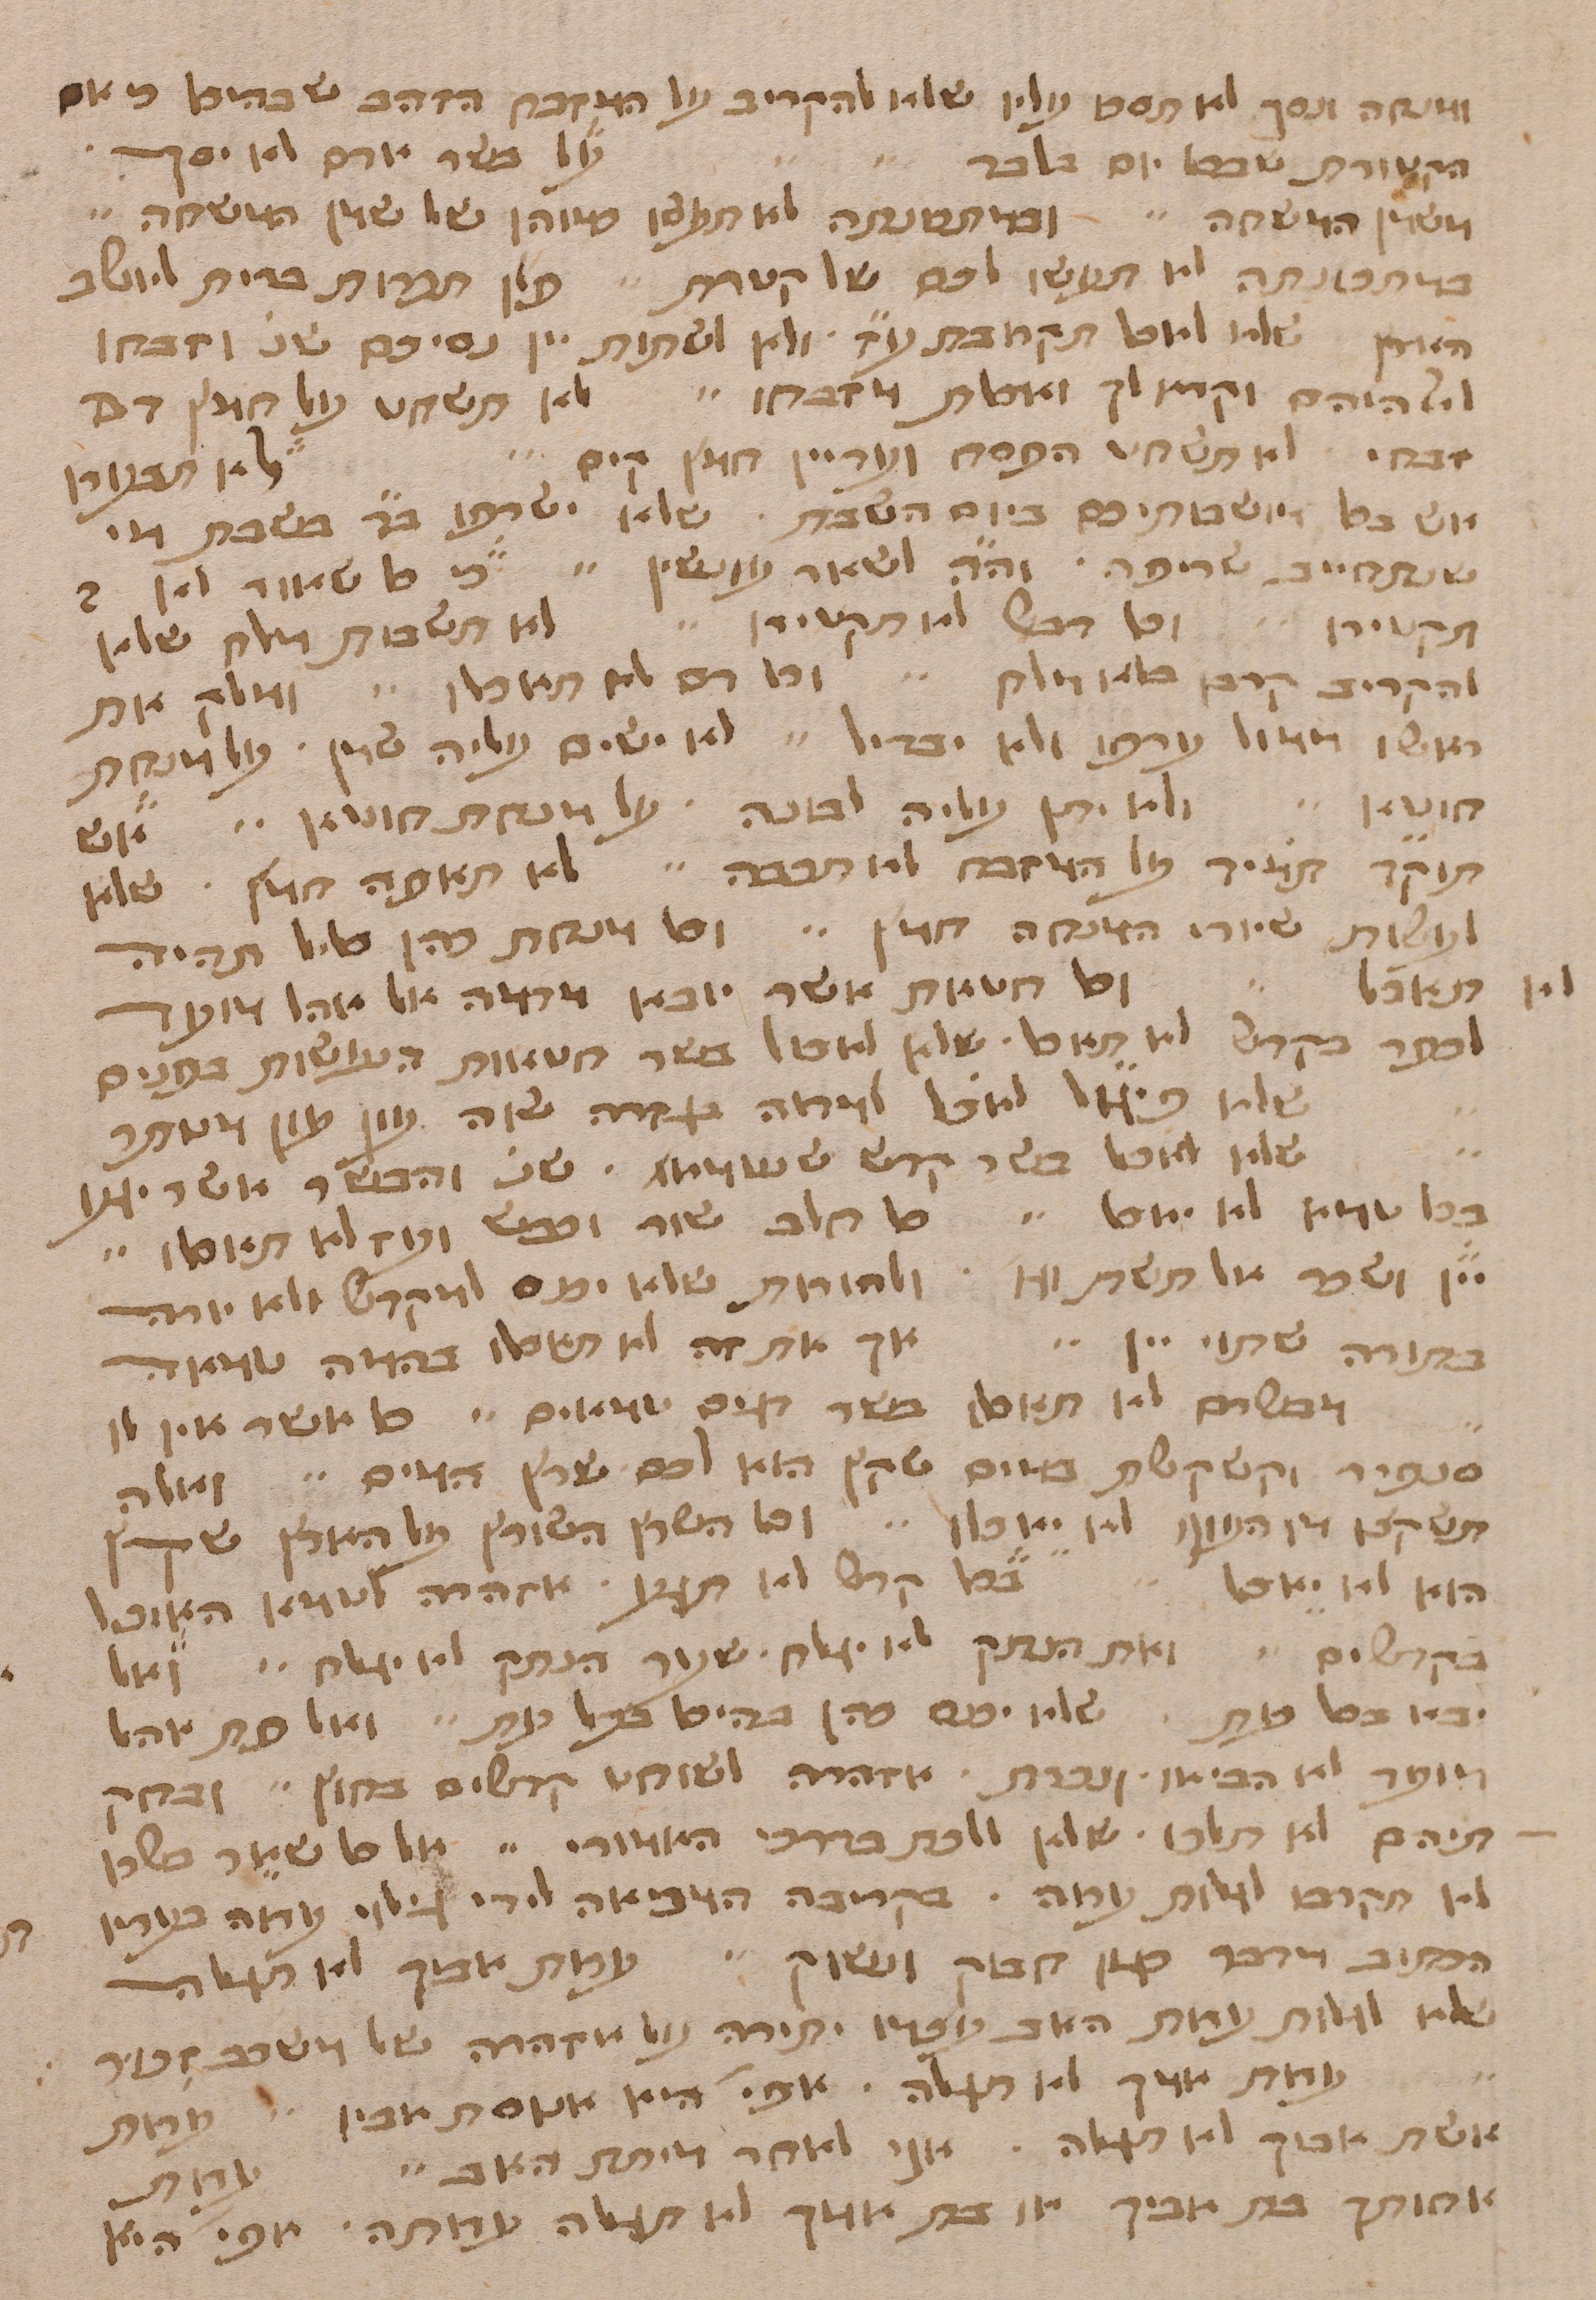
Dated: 1400–1499